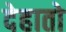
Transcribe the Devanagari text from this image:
देहातो